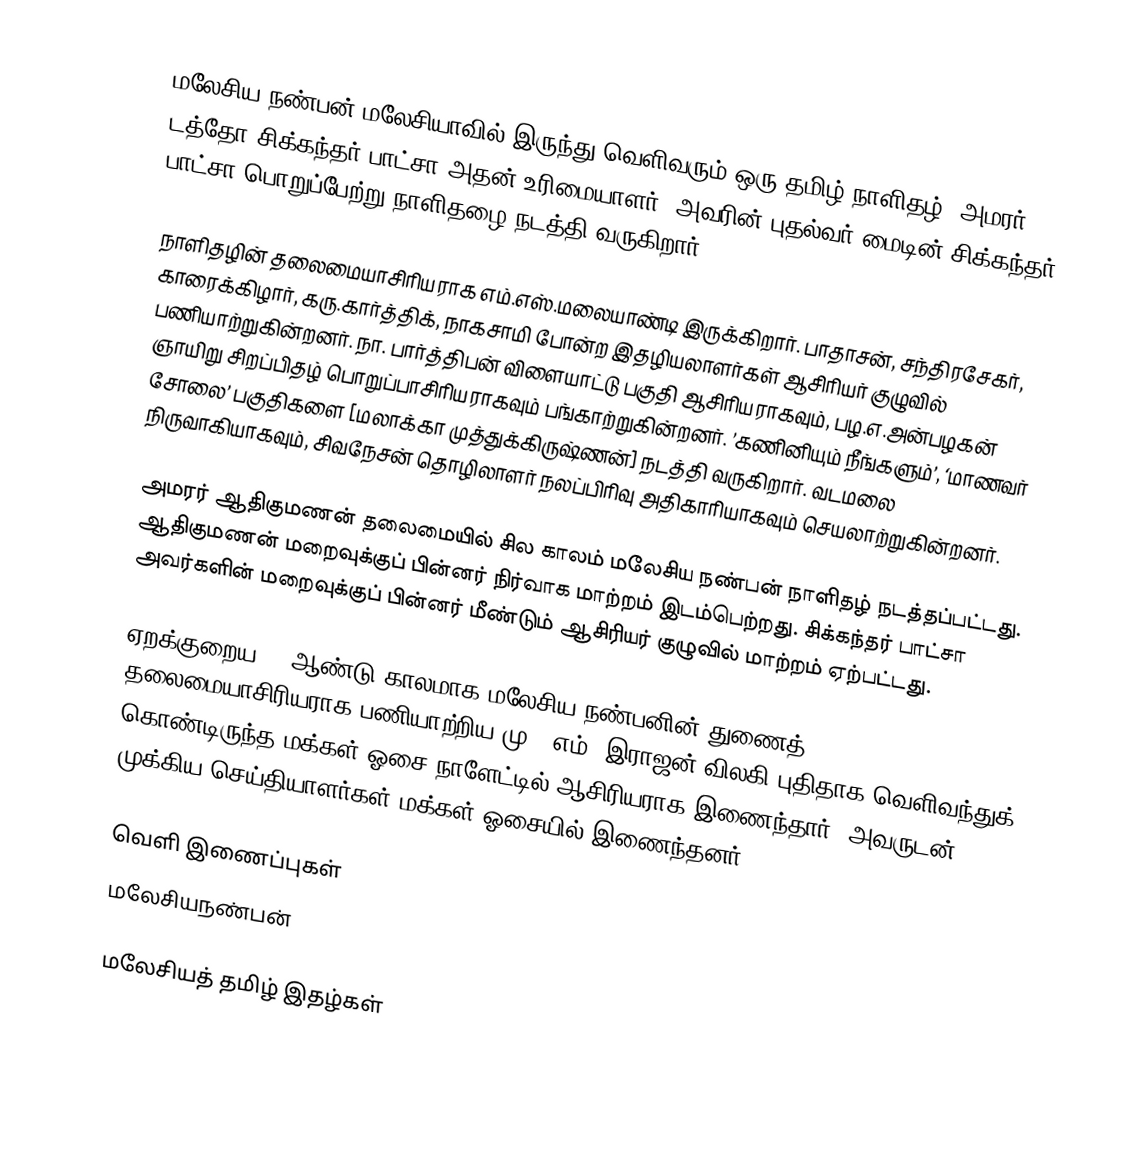
மலேசிய நண்பன் மலேசியாவில் இருந்து வெளிவரும் ஒரு தமிழ் நாளிதழ். அமரர் டத்தோ சிக்கந்தர் பாட்சா அதன் உரிமையாளர். அவரின் புதல்வர் மைடின் சிக்கந்தர் பாட்சா பொறுப்பேற்று நாளிதழை நடத்தி வருகிறார்.

நாளிதழின் தலைமையாசிரியராக எம்.எஸ்.மலையாண்டி இருக்கிறார். பாதாசன், சந்திரசேகர், காரைக்கிழார், கரு.கார்த்திக், நாகசாமி போன்ற இதழியலாளர்கள் ஆசிரியர் குழுவில் பணியாற்றுகின்றனர். நா. பார்த்திபன் விளையாட்டு பகுதி ஆசிரியராகவும், பழ.எ.அன்பழகன் ஞாயிறு சிறப்பிதழ் பொறுப்பாசிரியராகவும் பங்காற்றுகின்றனர். ’கணினியும் நீங்களும்’,  ‘மாணவர் சோலை’ பகுதிகளை [மலாக்கா முத்துக்கிருஷ்ணன்] நடத்தி வருகிறார். வடமலை நிருவாகியாகவும், சிவநேசன் தொழிலாளர் நலப்பிரிவு அதிகாரியாகவும் செயலாற்றுகின்றனர்.

அமரர் ஆதிகுமணன் தலைமையில் சில காலம் மலேசிய நண்பன் நாளிதழ் நடத்தப்பட்டது. ஆதிகுமணன் மறைவுக்குப் பின்னர் நிர்வாக மாற்றம் இடம்பெற்றது. சிக்கந்தர் பாட்சா அவர்களின் மறைவுக்குப் பின்னர் மீண்டும் ஆசிரியர் குழுவில் மாற்றம் ஏற்பட்டது.

ஏறக்குறைய 15 ஆண்டு காலமாக மலேசிய நண்பனின் துணைத் தலைமையாசிரியராக பணியாற்றிய மு. (எம்) இராஜன் விலகி புதிதாக வெளிவந்துக் கொண்டிருந்த மக்கள் ஓசை நாளேட்டில் ஆசிரியராக இணைந்தார். அவருடன் 5 முக்கிய செய்தியாளர்கள் மக்கள் ஓசையில் இணைந்தனர்.

வெளி இணைப்புகள்
 மலேசியநண்பன்

மலேசியத் தமிழ் இதழ்கள்